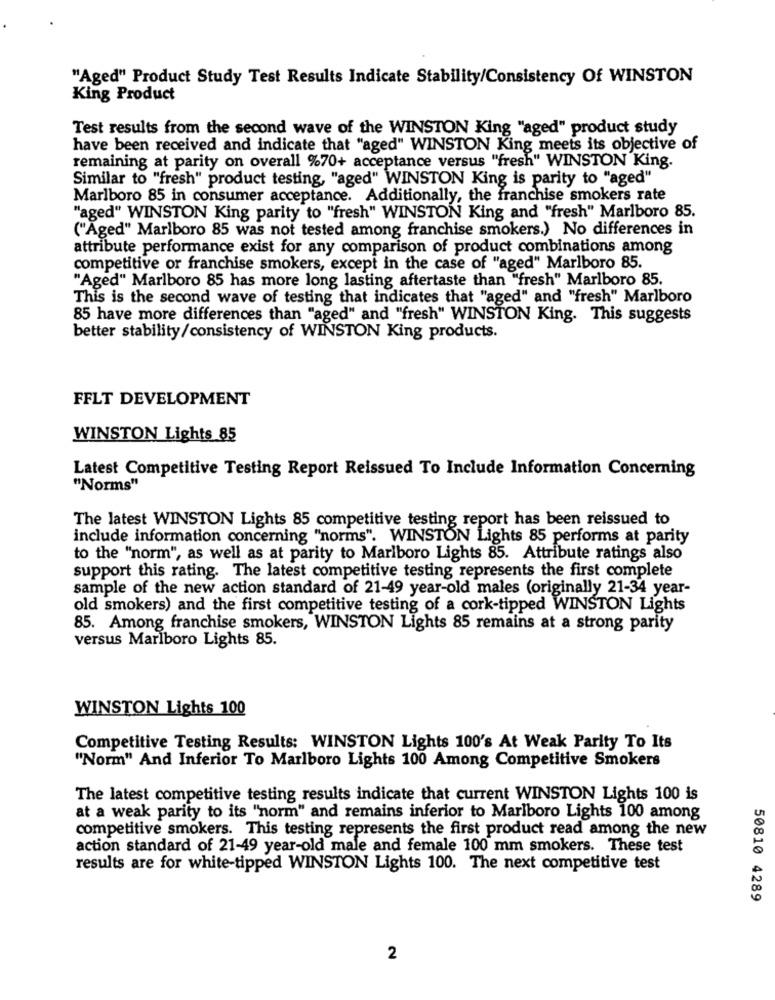
"Aged" Product Study Test Results Indicate Stability/Consistency Of WINSTON
King Product
Test results from the second wave of the WINSTON King "aged" product study
have been received and indicate that "aged" WINSTON King meets its objective of
remaining at parity on overall %70+ acceptance versus "fresh" WINSTON King.
Similar to "fresh" product testing, "aged" WINSTON King is parity to "aged"
Marlboro 85 in consumer acceptance. Additionally, the franchise smokers rate
"aged" WINSTON King parity to "fresh" WINSTON King and "fresh" Marlboro 85.
("Aged" Marlboro 85 was not tested among franchise smokers.) No differences in
attribute performance exist for any comparison of product combinations among
competitive or franchise smokers, except in the case of "aged" Marlboro 85.
"Aged" Marlboro 85 has more long lasting aftertaste than "fresh" Marlboro 85.
This is the second wave of testing that indicates that "aged" and "fresh" Marlboro
85 have more differences than "aged" and "fresh" WINSTON King. This suggests
better stability/consistency of WINSTON King products.
FFLT DEVELOPMENT
WINSTON Lights 85
Latest Competitive Testing Report Reissued To Include Information Concerning
"Norms"
The latest WINSTON Lights 85 competitive testing report has been reissued to
include information concerning "norms". WINSTON Lights 85 performs at parity
to the "norm", as well as at parity to Marlboro Lights 85. Attribute ratings also
support this rating. The latest competitive testing represents the first complete
sample of the new action standard of 21-49 year-old males (originally 21-34 year-
old smokers) and the first competitive testing of a cork-tipped WINSTON Lights
85. Among franchise smokers, WINSTON Lights 85 remains at a strong parity
versus Marlboro Lights 85.
WINSTON Lights 100
Competitive Testing Results: WINSTON Lights 100's At Weak Parity To Its
"Norm" And Inferior To Marlboro Lights 100 Among Competitive Smokers
The latest competitive testing results indicate that current WINSTON Lights 100 is
at a weak parity to its "norm" and remains inferior to Marlboro Lights 100 among
competitive smokers. This testing represents the first product read among the new
action standard of 21-49 year-old male and female 100 mm smokers. These test
results are for white-tipped WINSTON Lights 100. The next competitive test
50810 4289
2